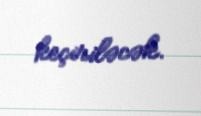
keçiriləcək.